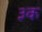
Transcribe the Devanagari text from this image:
३क